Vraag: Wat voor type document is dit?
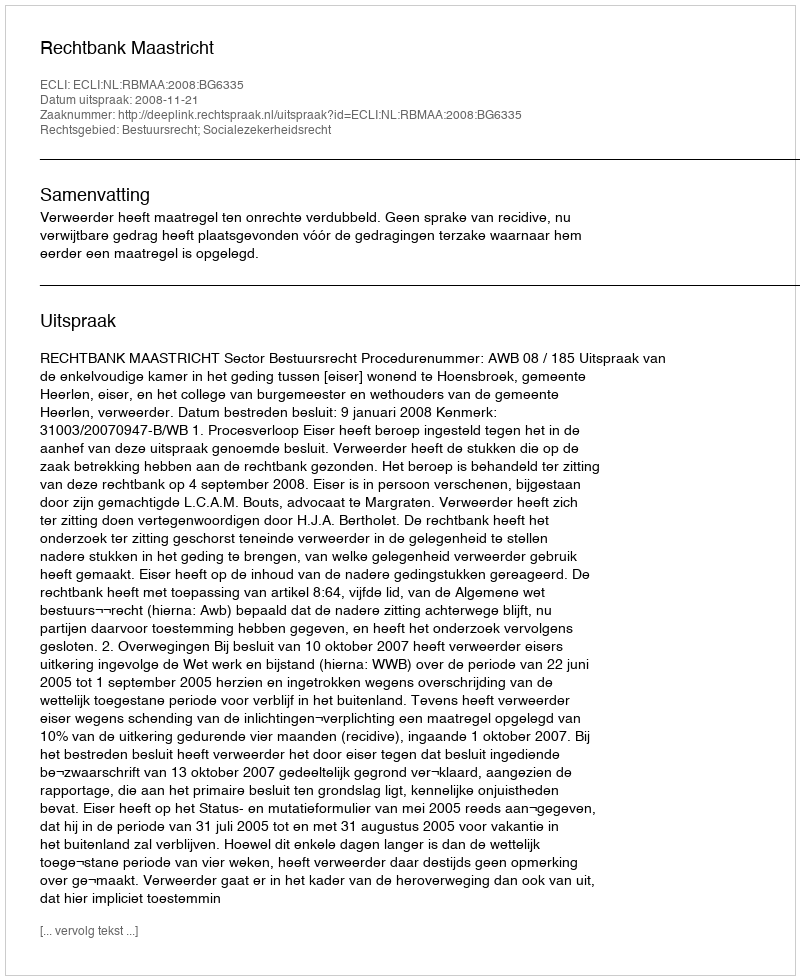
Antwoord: Uitspraak